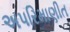
અપરિમાણીત